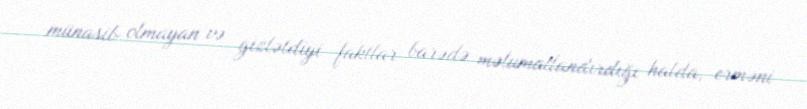
münasib olmayan və gizlətdiyi faktlar barədə məlumatlandırdığı halda, erməni